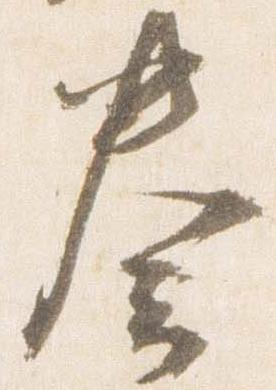
奏